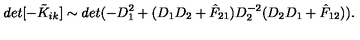
d e t [ - \tilde { K } _ { i k } ] \sim d e t ( - D _ { 1 } ^ { 2 } + ( D _ { 1 } D _ { 2 } + \hat { F } _ { 2 1 } ) D _ { 2 } ^ { - 2 } ( D _ { 2 } D _ { 1 } + \hat { F } _ { 1 2 } ) ) .